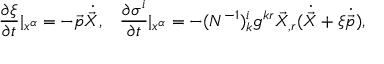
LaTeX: \frac { \partial \xi } { \partial t } | _ { x ^ { \alpha } } = - \vec { p } \dot { \vec { X } } , \; \; \; \frac { \partial \sigma ^ { i } } { \partial t } | _ { x ^ { \alpha } } = - ( N ^ { - 1 } ) _ { k } ^ { i } g ^ { k r } \vec { X } _ { , r } ( \dot { \vec { X } } + \xi \dot { \vec { p } } ) ,